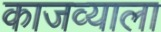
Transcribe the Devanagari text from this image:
काजव्याला